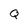
Character: Q